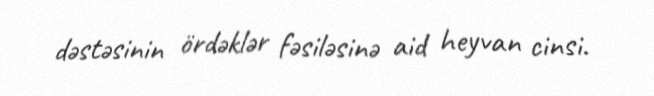
dəstəsinin ördəklər fəsiləsinə aid heyvan cinsi.